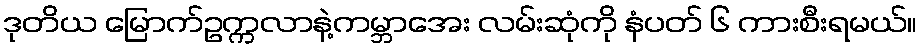
ဒုတိယ မြောက်ဥက္ကလာနဲ့ကမ္ဘာအေး လမ်းဆုံကို နံပတ် ၆ ကားစီးရမယ်။